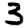
Digit: 3